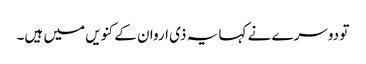
تو دوسرے نے کہا یہ ذی اروان کے کنویں میں ہیں۔